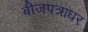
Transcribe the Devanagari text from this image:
बीजपत्राधर